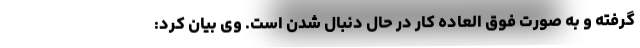
گرفته و به صورت فوق العاده کار در حال دنبال شدن است. وی بیان کرد: